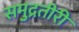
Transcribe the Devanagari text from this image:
समुद्रतीरी